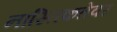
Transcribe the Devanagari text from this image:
नास्तिकतेवर